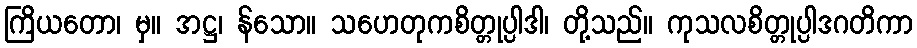
ကြိယတော၊ မှ။ အဋ္ဌ၊ န်သော။ သဟေတုကစိတ္တုပ္ပါဒါ၊ တို့သည်။ ကုသလစိတ္တုပ္ပါဒဂတိကာ